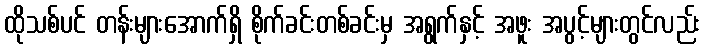
ထိုသစ်ပင် တန်းများအောက်ရှိ စိုက်ခင်းတစ်ခင်းမှ အရွက်နှင့် အဖူး အပွင့်များတွင်လည်း